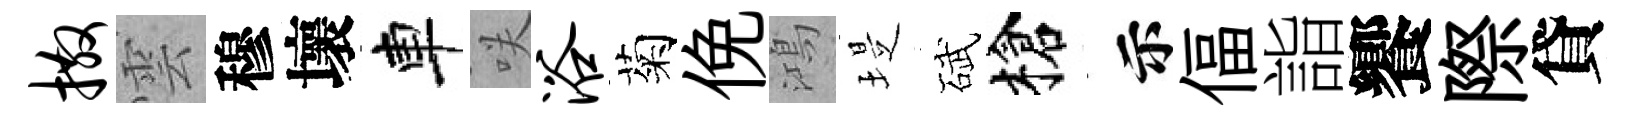
撒雲穆壞車咲浴菊俛鴻堤碔槍示偪詣饗際貸